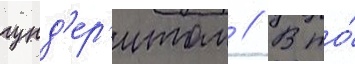
гунд'ер'итом // В то́